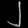
Digit: ၂